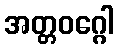
အတ္တဝဂ္ဂေါ